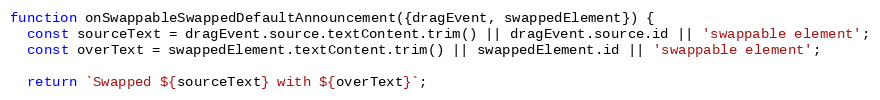
Language: JavaScript
function onSwappableSwappedDefaultAnnouncement({dragEvent, swappedElement}) {
  const sourceText = dragEvent.source.textContent.trim() || dragEvent.source.id || 'swappable element';
  const overText = swappedElement.textContent.trim() || swappedElement.id || 'swappable element';

  return `Swapped ${sourceText} with ${overText}`;